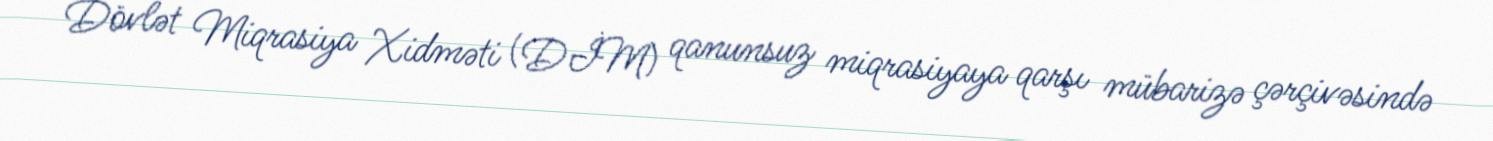
Dövlət Miqrasiya Xidməti (DİM) qanunsuz miqrasiyaya qarşı mübarizə çərçivəsində